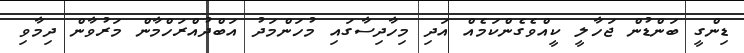
ޑިންގީ ބަންޑުން ޖަހާލީ ކީއްވެގެންކަމެއް އަދި މިހާދިސާގައި މުހަންމަދު އަބްދުއްރަހްމާން މަރުވާން ދިމާވި